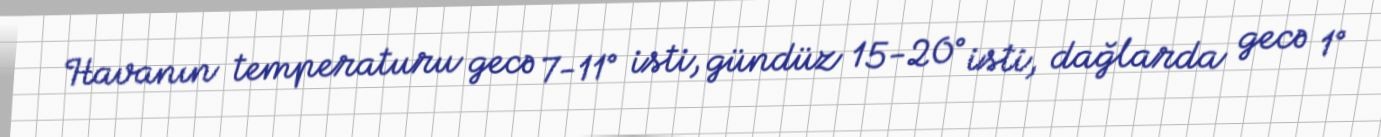
Havanın temperaturu gecə 7-11° isti, gündüz 15-20° isti, dağlarda gecə 1°